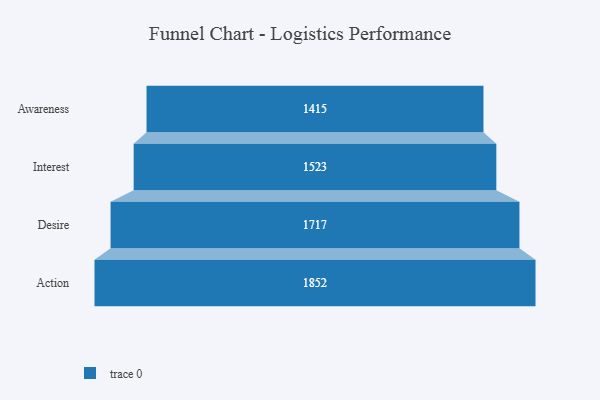
{"axis": {"x": "Stage", "y": "Value"}, "legend": [""], "data": [{"x": "Awareness", "y": 1415.0, "type": ""}, {"x": "Interest", "y": 1523.0, "type": ""}, {"x": "Desire", "y": 1717.0, "type": ""}, {"x": "Action", "y": 1852.0, "type": ""}]}